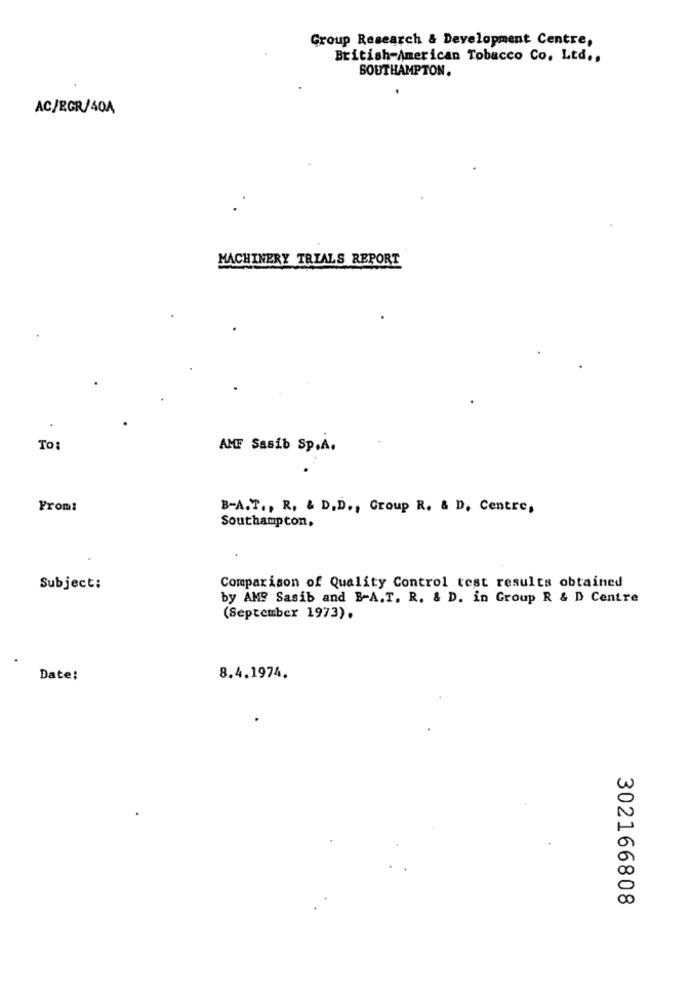
Group Research & Development Centre,
British-American Tobacco Co. Ltd .,
SOUTHAMPTON.
AC/EGR/40A
MACHINERY TRIALS REPORT
To:
AMF Sasib Sp.A.
From:
B-A.T ., R. & D.D ., Group R. & D. Centre,
Southampton,
Subject:
Comparison of Quality Control test results obtained
by AM? Sasib and B-A.T. R. & D. in Group R & D Centre
(September 1973).
Date:
8.4.1974.
302166808